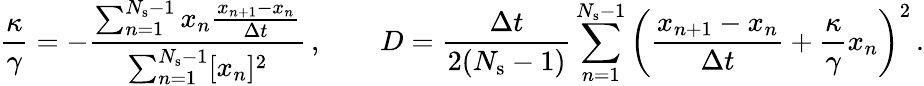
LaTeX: \frac{\kappa}{\gamma}=-\frac{\sum_{n=1}^{N_{\mathrm{s}}-1}x_{n}\frac{x_{n+1}-x_{n}}{\Delta t}}{\sum_{n=1}^{N_{\mathrm{s}}-1}[x_{n}]^{2}}\, ,\quad\quad D=\frac{\Delta t}{2(N_{\mathrm{s}}-1)}\sum_{n=1}^{N_{\mathrm{s}}-1}\left(\frac{x_{n+1}-{x_{n}}}{\Delta t}+\frac{\kappa}{\gamma}x_{n}\right)^{2}\, .